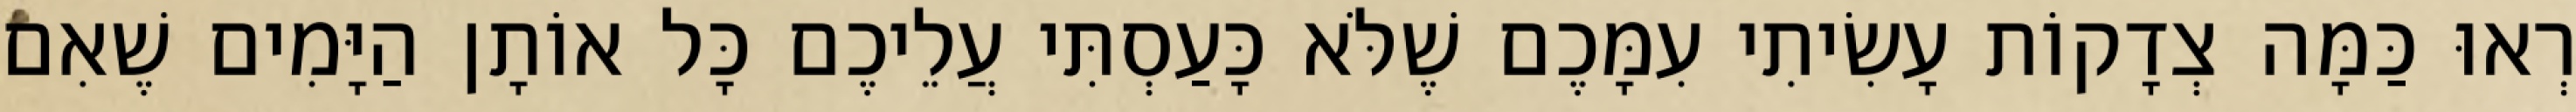
רְאוּ כַּמָּה צְדָקוֹת עָשִׂיתִי עִמָּכֶם שֶׁלֹּא כָּעַסְתִּי עֲלֵיכֶם כָּל אוֹתָן הַיָּמִים שֶׁאִם